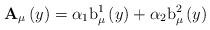
LaTeX: \begin{align*}\mathbf{A}_{\mu }\left( y\right) =\alpha _{1}\mathrm{b}_{\mu }^{1}\left(y\right) +\alpha _{2}\mathrm{b}_{\mu }^{2}\left( y\right)\end{align*}